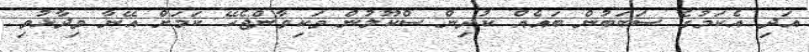
އަދި އެކަމުގެ ސަބަބުން ބައެއް ކުދިން ސްކޫލުން ވަކިވާންޖެހޭ ކަމަށް އޭނާ ވިދާޅުވި